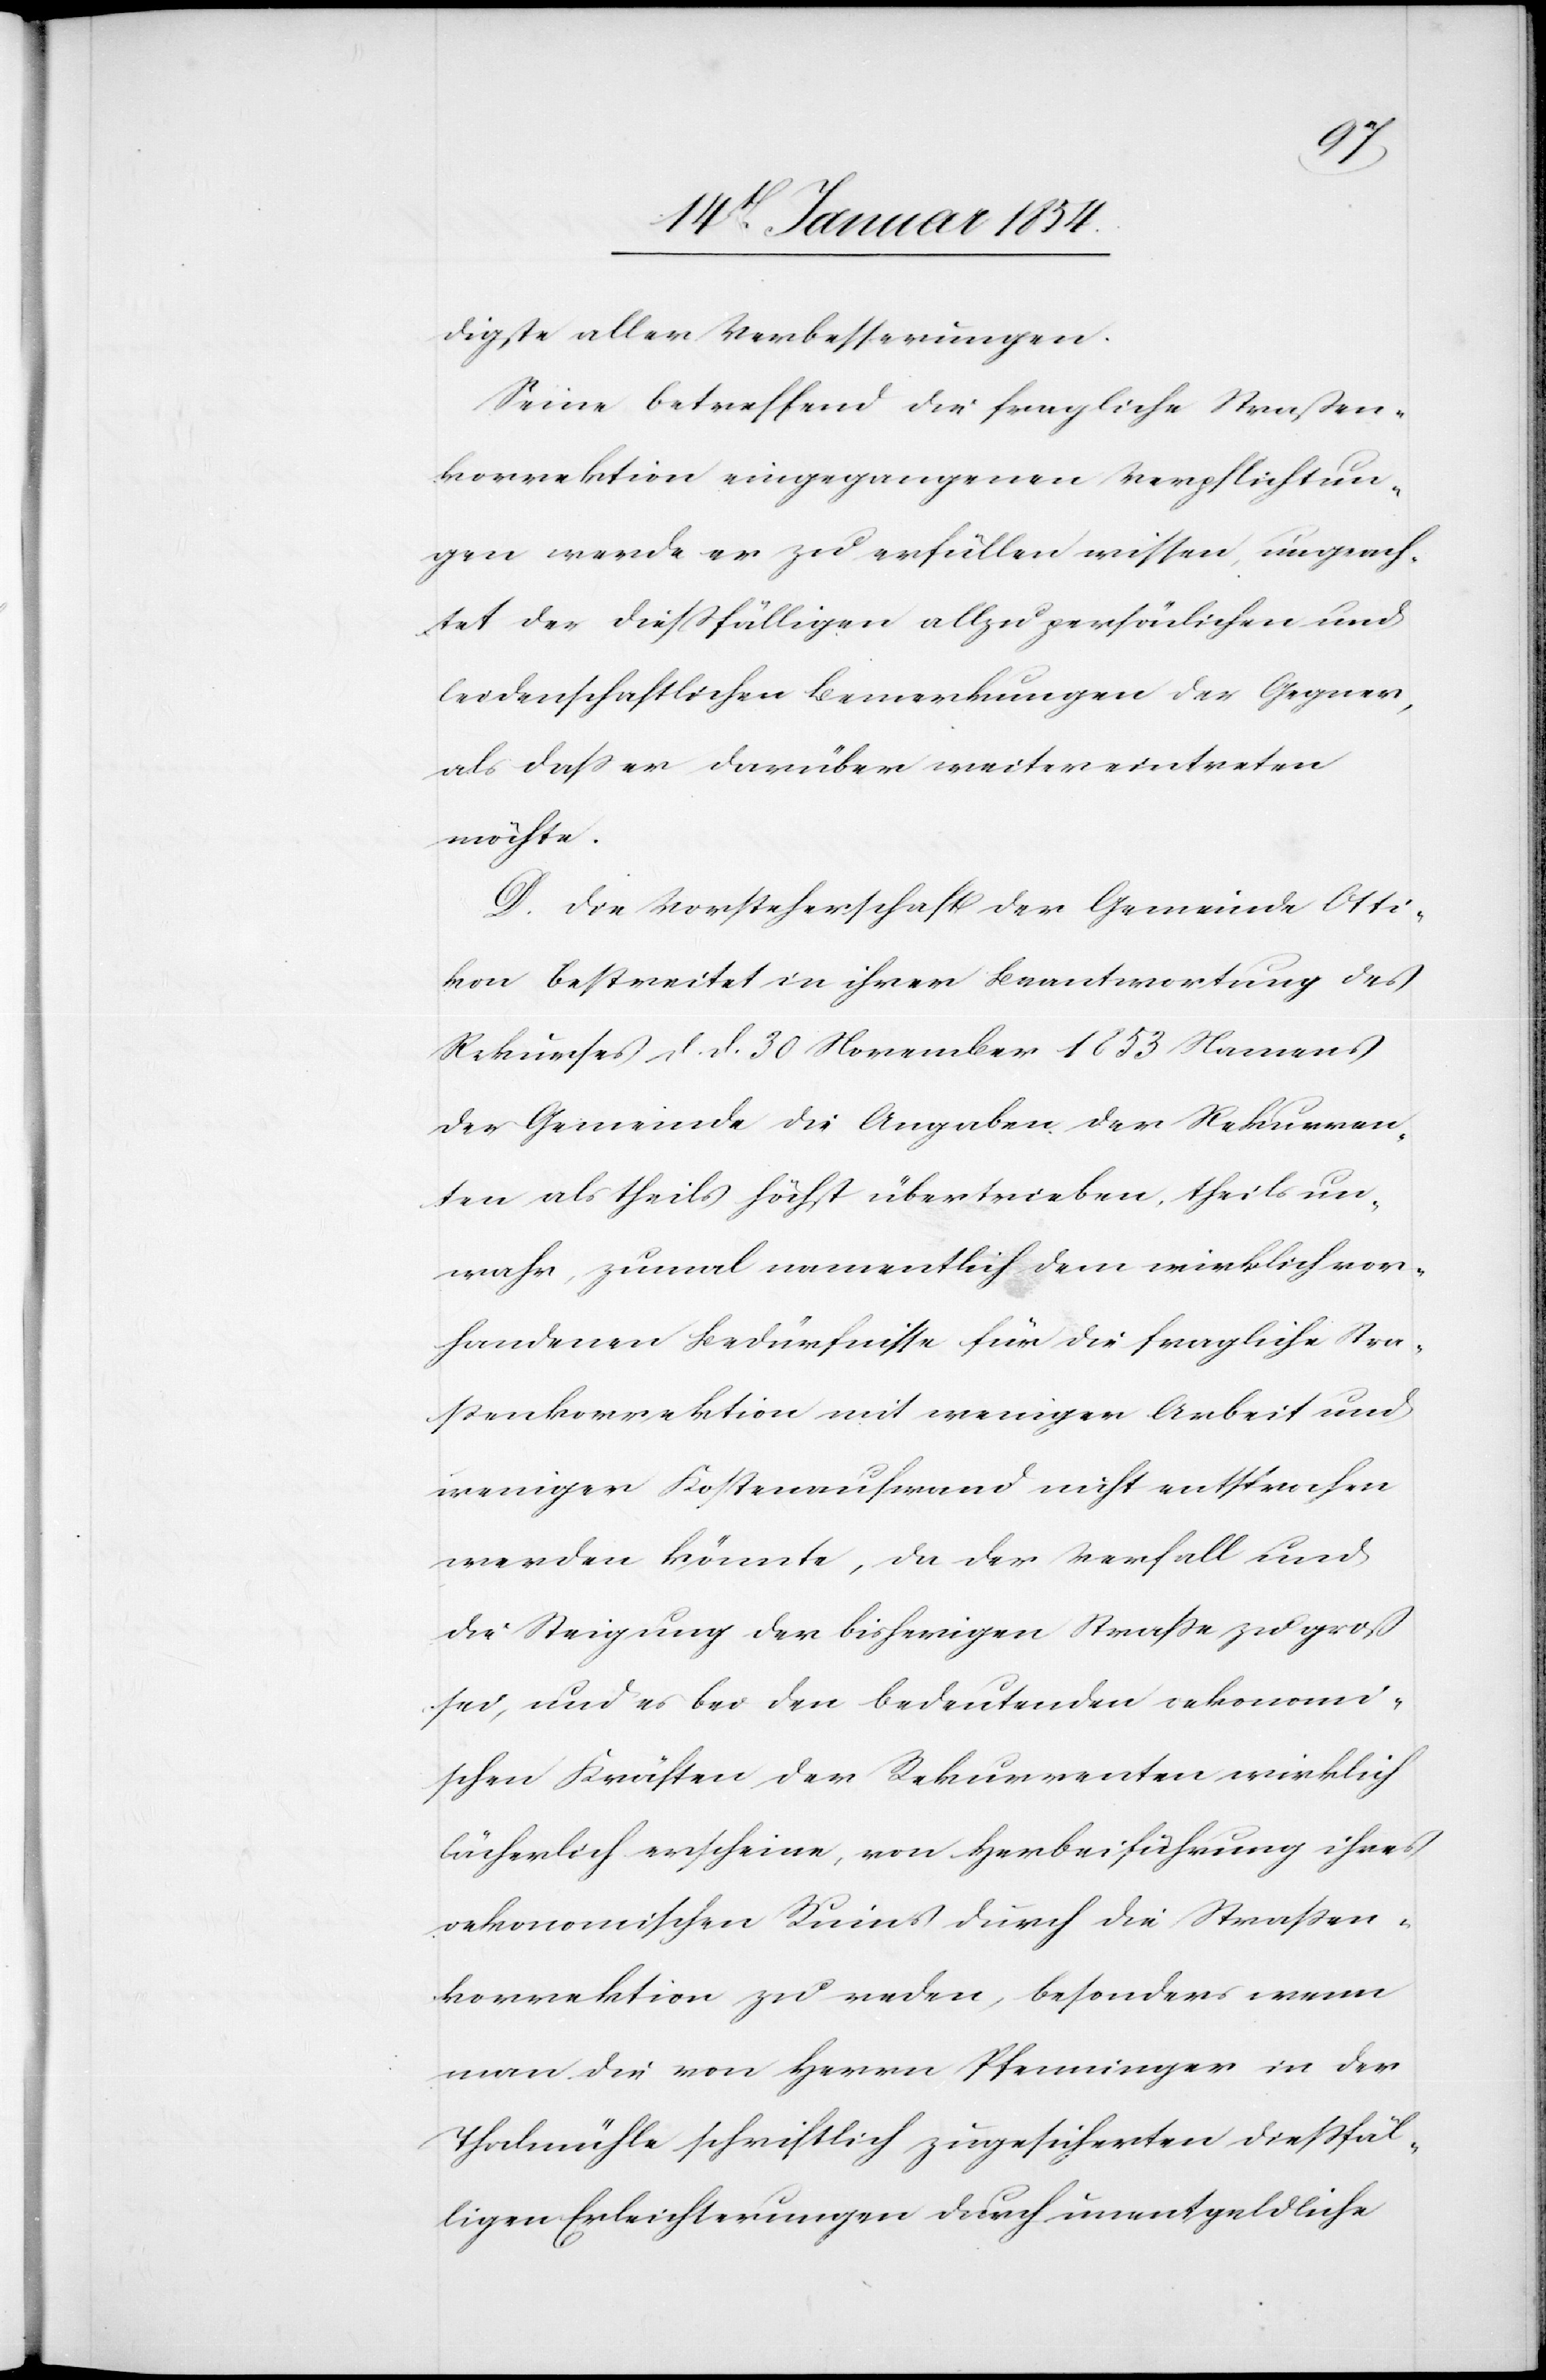
digste aller Verbesserungen.
Seine betreffend die fragliche Straßen¬
korrektion eingegangenen Verpflichtun¬
gen werde er zu erfüllen wissen, ungeach¬
tet der dießfälligen allzu persönlichen und
leidenschaftlichen Bemerkungen der Gegner,
als daß er darüber weiter eintreten
möchte.
D. Die Vorsteherschaft der Gemeinde Otti¬
kon bestreitet in ihrer Beantwortung des
Rekurses d. d. 30 November 1853 Namens
der Gemeinde die Angaben der Rekurren¬
ten als theils höchst übertrieben, theils un¬
wahr, zumal namentlich dem wirklich vor¬
handenen Bedürfnisse für die fragliche Stra¬
ßenkorrektion mit weniger Arbeit und
weniger Kostenaufwand nicht entsprochen
werden könnte, da der Verfall und
die Steigung der bisherigen Straße zu groß
sei, und es bei den bedeutenden oekonomi¬
schen Kräften der Rekurrenten wirklich
lächerlich erscheine, von Herbeiführung ihres
oekonomischen Ruins durch die Straßen¬
korrektion zu reden, besonders wenn
man die von Herrn Pfenninger in der
Thalmühle schriftlich zugeführten dießfäl¬
ligen Erleichterungen durch unentgeldliche